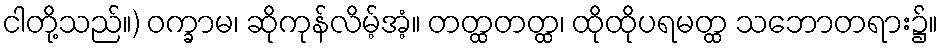
ငါတို့သည်။) ဝက္ခာမ၊ ဆိုကုန်လိမ့်အံ့။ တတ္ထတတ္ထ၊ ထိုထိုပရမတ္ထ သဘောတရား၌။